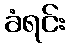
ခံရင်း